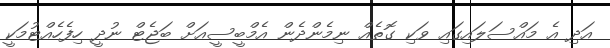
އަދި އެ މައްސަލައިގައި ވަކި ގޮތެއް ނިމެންދެން އެމްބީސީއަށް ބަޖެޓް ނުދީ ހިފެހެއްޓުމަކީ